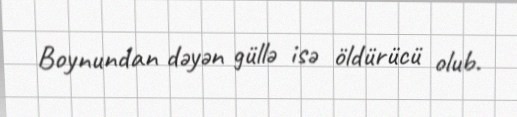
Boynundan dəyən güllə isə öldürücü olub.